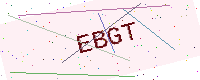
Text: EBGT